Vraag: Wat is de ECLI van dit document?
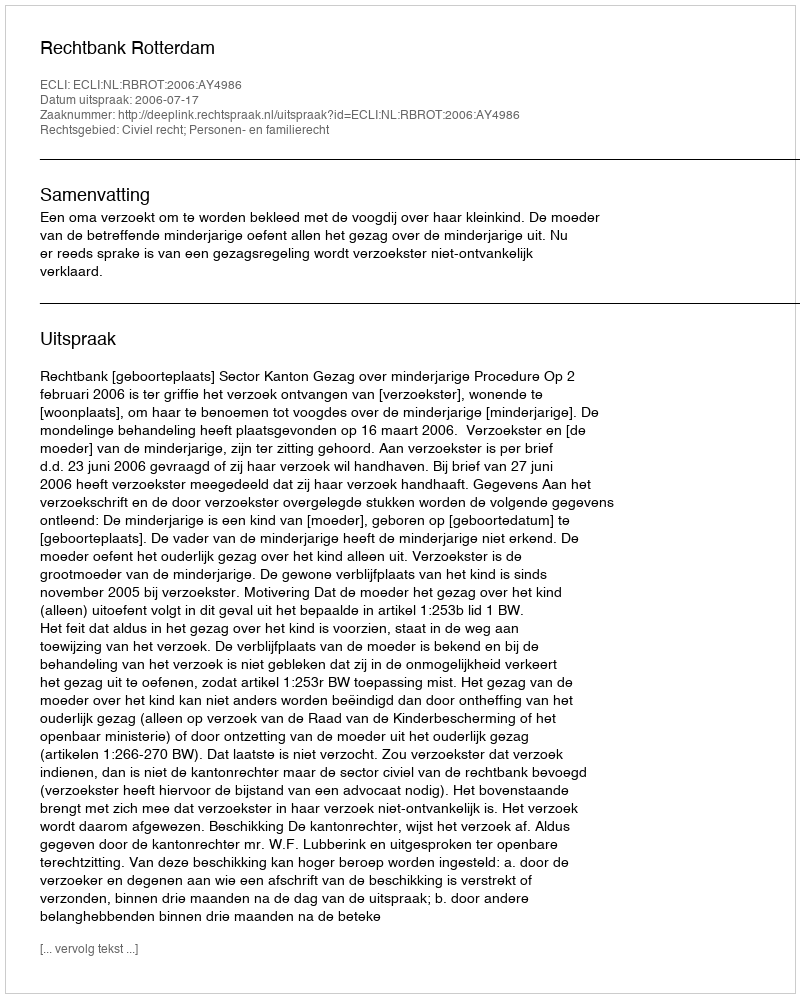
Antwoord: ECLI:NL:RBROT:2006:AY4986